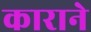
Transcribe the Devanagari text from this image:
काराने